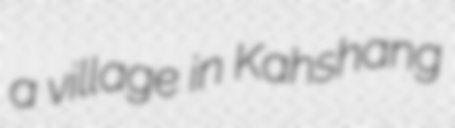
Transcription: a village in Kahshang